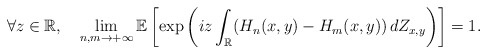
\begin{align*}\forall z\in\mathbb R,\ \ \ \lim_{n,m\rightarrow +\infty}\mathbb E\left[\exp\left(iz\int_{\mathbb R}(H_n(x,y)-H_m(x,y))\, dZ_{x,y}\right)\right]=1.\end{align*}